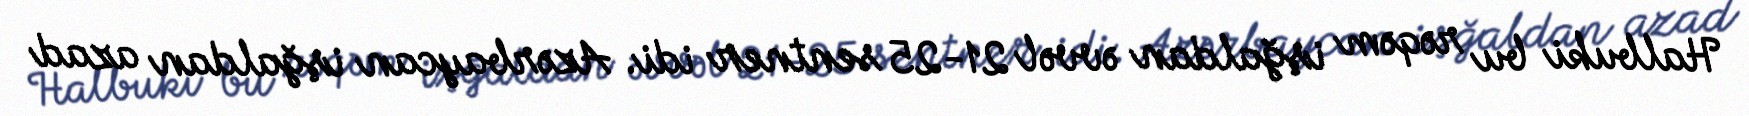
Halbuki bu rəqəm işğaldan əvvəl 21-25 sentner idi. Azərbaycan işğaldan azad